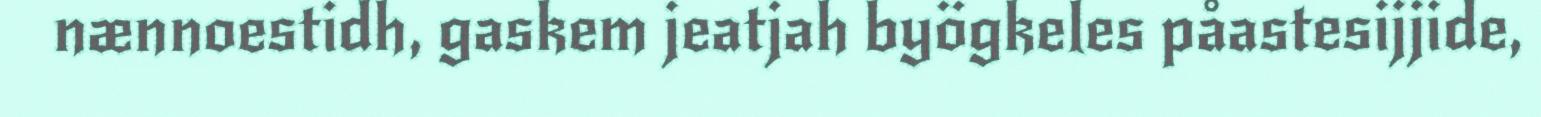
nænnoestidh, gaskem jeatjah byögkeles påastesijjide,